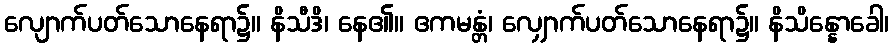
လျောက်ပတ်သောနေရာ၌။ နိသီဒိ၊ နေ၏။ ဧကမန္တံ၊ လျှောက်ပတ်သောနေရာ၌။ နိသိန္နောခေါ၊